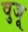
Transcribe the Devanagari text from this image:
वुजू